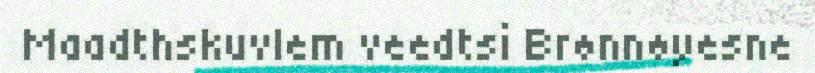
Maadthskuvlem veedtsi Brønnøyesne